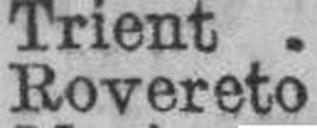
Rovereto